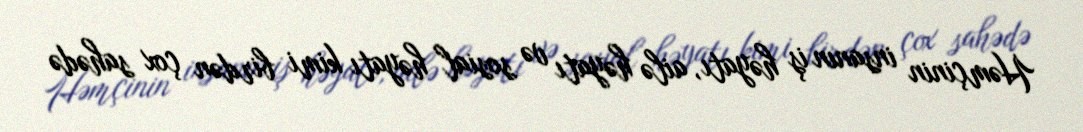
Həmçinin insanın iş həyatı, ailə həyatı və sosial həyatı kimi birdən çox sahədə